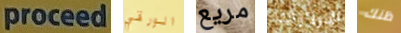
proceed الورقي مريع الدولارات ظنك